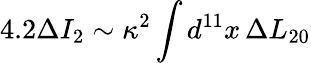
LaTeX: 4.2\Delta I_{2}\sim\kappa^{2}\int d^{11}x\, \Delta L_{20}